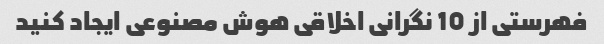
فهرستی از 10 نگرانی اخلاقی هوش مصنوعی ایجاد کنید